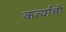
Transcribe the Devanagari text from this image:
कर्त्याची